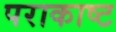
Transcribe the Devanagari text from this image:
पराकाष्ट